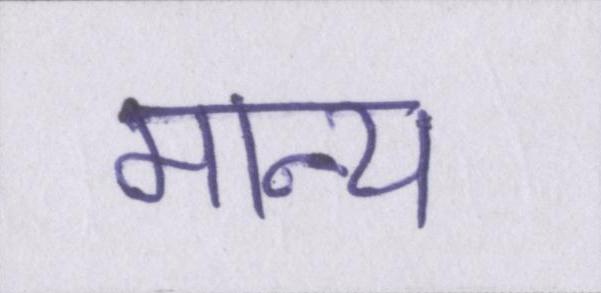
मान्य